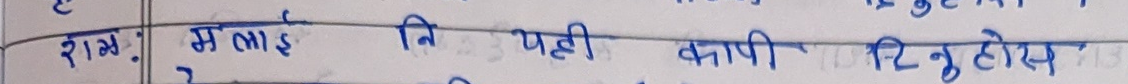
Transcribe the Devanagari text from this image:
राम्: मलाई नि पही कापी दिन्छु होस्